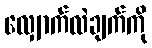
လျှောက်လဲချက်ကို